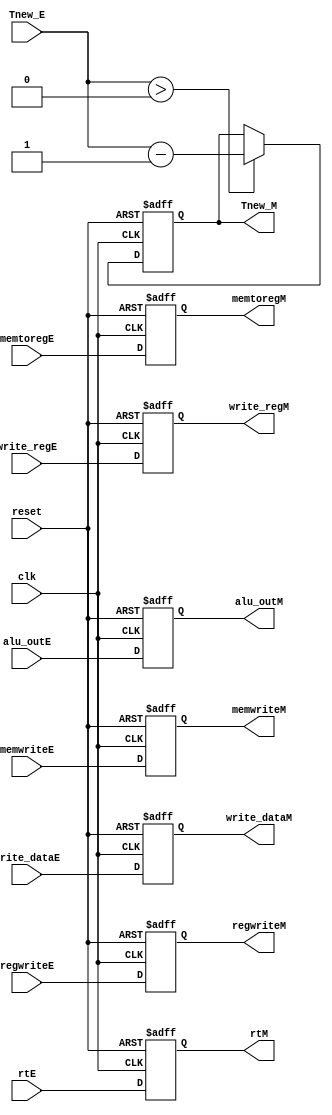
`timescale 1ns / 1ps
//////////////////////////////////////////////////////////////////////////////////
// Company: 
// Engineer: 
// 
// Design Name: 
// Module Name: ExToMem
// Project Name: 
// Target Devices: 
// Tool Versions: 
// Description: 
// 
// Dependencies: 
// 
// Revision:
// Revision 0.01 - File Created
// Additional Comments:
// 
//////////////////////////////////////////////////////////////////////////////////


module ExToMem(
    input clk, reset,
    input regwriteE,
    input memtoregE,
    input memwriteE,       
    output reg regwriteM,
    output reg memtoregM,
    output reg memwriteM, 
    input [4:0] rtE,
    output reg [4:0] rtM,      
    input [31:0] alu_outE,
    output reg [31:0] alu_outM,
    input [31:0] write_dataE,
    output reg [31:0] write_dataM,
    input [4:0] write_regE,
    output reg [4:0] write_regM,
    input [1:0] Tnew_E,
    output reg [1:0] Tnew_M
    );
    always @(posedge clk, posedge reset) begin
        if (reset) begin
            regwriteM <= 0;
            memtoregM <= 0;
            memwriteM <= 0;
            alu_outM <= 0;
            rtM <= 0;
            write_dataM <= 0;
            write_regM <= 0;
            Tnew_M <= 0;

        end
        else begin
            regwriteM <= regwriteE;
            memtoregM <= memtoregE;
            memwriteM <= memwriteE;
            rtM <= rtE;
            alu_outM <= alu_outE;
            write_dataM <= write_dataE;
            write_regM <= write_regE;
            if (Tnew_E > 0) 
                Tnew_M <= Tnew_E - 1;
        end
    end
endmodule